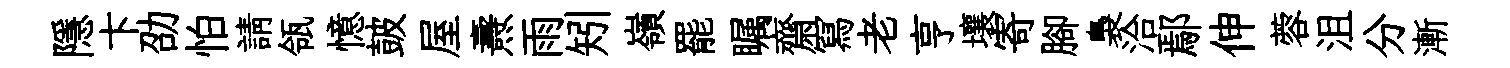
隱卞劭怕請瓴憶皷屋燾雨矧嶺罷瞩齋冩老亨壤寄腳裊洽鄢伸蓉沮分漸